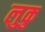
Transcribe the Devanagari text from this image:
लुकु